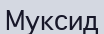
Муксид